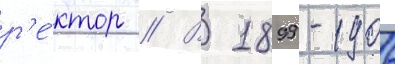
р'е́ктор // В 1899-1906